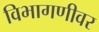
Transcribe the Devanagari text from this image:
विभागणीवर